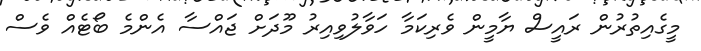
މީގެއިތުރުން ރައީސް ޔާމީން ވެރިކަމާ ހަވާލުވިއިރު މޫދަށް ޖައްސާ އެންމެ ބޯޓެއް ވެސް